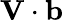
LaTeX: \mathbf{V}\cdot\mathbf{b}